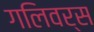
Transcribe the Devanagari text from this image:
गलिवर्स